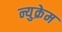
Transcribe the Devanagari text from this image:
न्युक्रेम